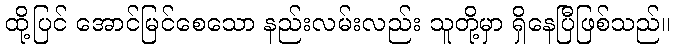
ထို့ပြင် အောင်မြင်စေသော နည်းလမ်းလည်း သူတို့မှာ ရှိနေပြီဖြစ်သည်။